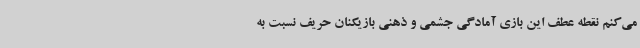
می‌کنم نقطه عطف این بازی آمادگی جشمی و ذهنی بازیکنان حریف نسبت به